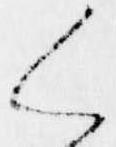
く